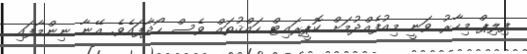
ފިލިޕް މިހާރު ވަނީ މިއުފެއްދުމަށް ކޮޕީރައިޓް ހައްޤުތައް ވެސް ހޯދާފައެވެ. އޭނާ ނިންމާފައި